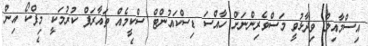
އިސްމާއިލް ވިދާޅުވީ މަސްވެރިންނަށް ހާއްސަ ޑިސްކައުންޓް ސްކީމެއް ތައާރަފް ކުރުމަކީ މިފްކޯ އިން